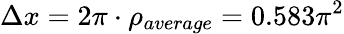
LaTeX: \Delta x=2\pi\cdot\rho_{average}=0.583\pi^{2}